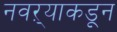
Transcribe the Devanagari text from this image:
नवऱ्याकडून